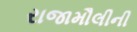
રાજામૌલીની